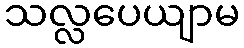
သလ္လပေယျာမ